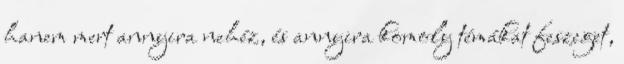
hanem mert annyira nehéz, és annyira komoly témákat feszeget,